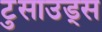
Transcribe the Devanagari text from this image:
टुसाउड्स